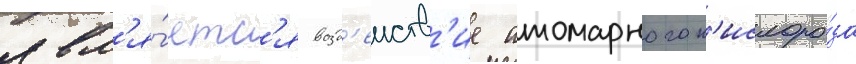
явл'я́етс'я возд'еиств'ие атомарного к'ислоро́да